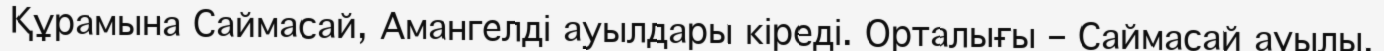
Құрамына Саймасай, Амангелді ауылдары кіреді. Орталығы – Саймасай ауылы.